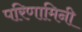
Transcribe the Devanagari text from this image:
परिणामिनी